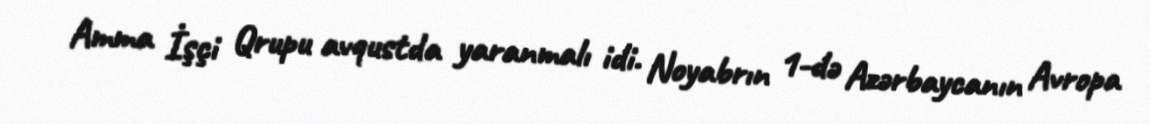
Amma İşçi Qrupu avqustda yaranmalı idi. Noyabrın 1-də Azərbaycanın Avropa